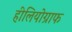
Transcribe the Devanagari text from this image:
हीलियोग्राफ